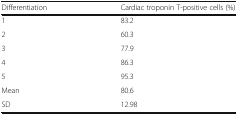
<table><thead><tr><td><b>Differentiation</b></td><td><b>Cardiac troponin T-positive cells (%)</b></td></tr></thead><tbody><tr><td>1</td><td>83.2</td></tr><tr><td>2</td><td>60.3</td></tr><tr><td>3</td><td>77.9</td></tr><tr><td>4</td><td>86.3</td></tr><tr><td>5</td><td>95.3</td></tr><tr><td>Mean</td><td>80.6</td></tr><tr><td>SD</td><td>12.98</td></tr></tbody></table>